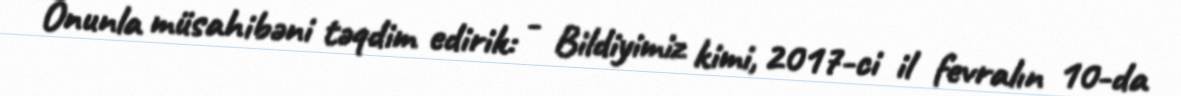
Onunla müsahibəni təqdim edirik: - Bildiyimiz kimi, 2017-ci il fevralın 10-da